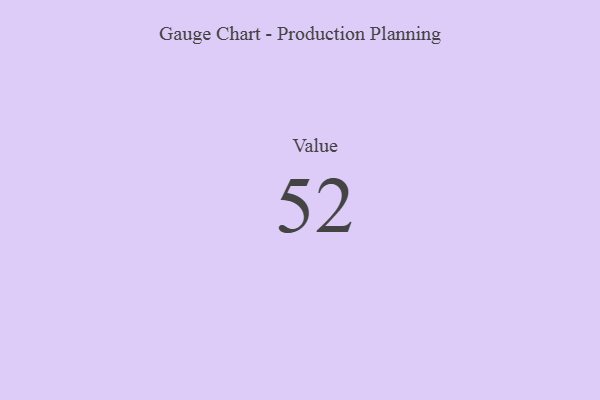
{"axis": {"x": "Metric", "y": "Value"}, "legend": [""], "data": [{"x": "Value", "y": 52, "type": ""}]}